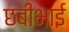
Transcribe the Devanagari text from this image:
छबीभाई